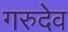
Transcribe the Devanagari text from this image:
गरुदेव